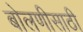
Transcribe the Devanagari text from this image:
बोलणीसाठी